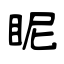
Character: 眤